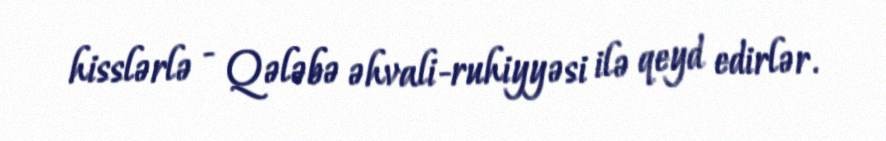
hisslərlə - Qələbə əhvali-ruhiyyəsi ilə qeyd edirlər.